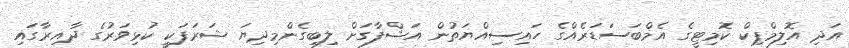
އަދި އޮލިމްޕިކް ކޮމިޓީގެ އެމްބަސަޑަރެއްގެ ހައިސިއްޔަތުން އަޝްފާގަށް ލިބިގެންމިދިޔަ ޝަރަފަކީ ކުޅިވަރުގެ ދާއިރާގައި